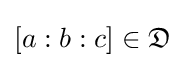
[a:b:c]\in {\mathfrak {D}}